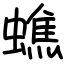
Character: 蟭